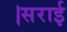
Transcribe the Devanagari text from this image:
।सराई